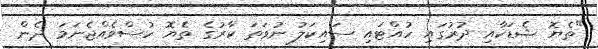
"ތެޔޮ ޝެޑަކާއި ދުރުގައި ހުއްޓައި ސައިކަލު ނުވަތަ ކާރުގެ ތެޔޮ ހުސްވެއްޖެނަމަ ދެން